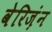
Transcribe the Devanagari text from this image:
वेरिज़ंन